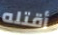
أقتله